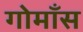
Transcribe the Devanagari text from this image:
गोमाँस